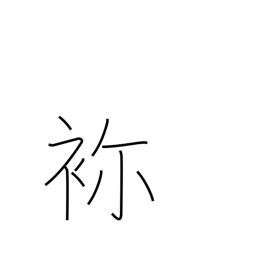
Meaning: embroidery